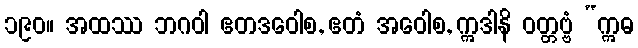
၁၉၀။ အထဿ ဘဂဝါ ဧတဒဝေါစ, ဧတံ အဝေါစ, ဣဒါနိ ဝတ္တဗ္ဗံ “ဣဓ